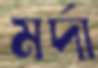
মর্দা